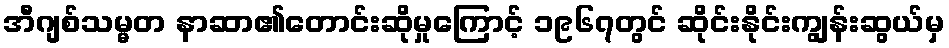
အီဂျစ်သမ္မတ နာဆာ၏တောင်းဆိုမှုကြောင့် ၁၉၆၇တွင် ဆိုင်းနိုင်းကျွန်းဆွယ်မှ